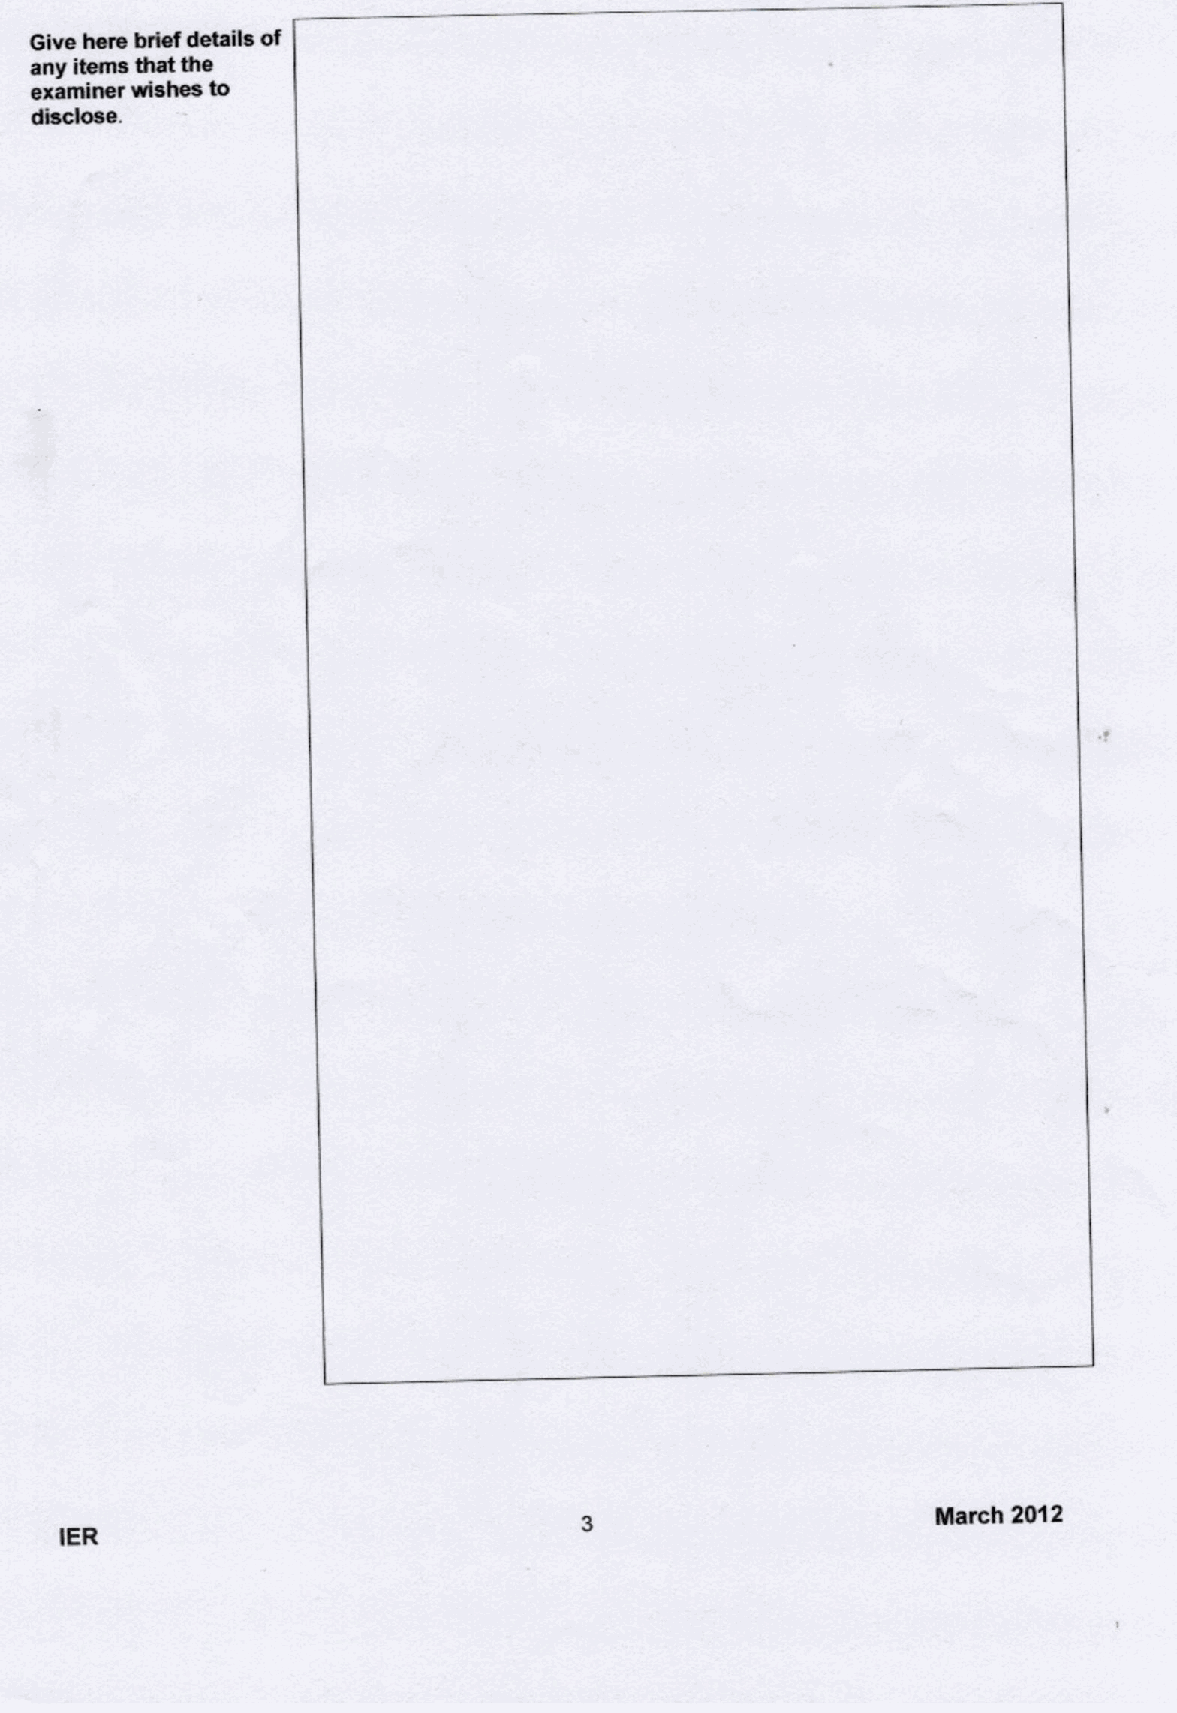
IER